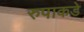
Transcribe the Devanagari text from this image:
रुपाकडे